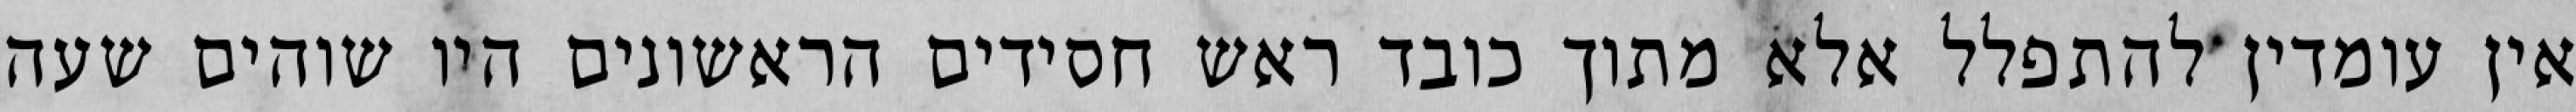
אין עומדין להתפלל אלא מתוך כובד ראש חסידים הראשונים היו שוהים שעה